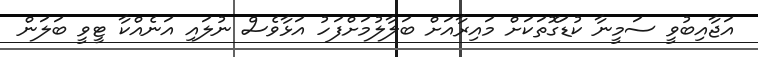
އަޖާއިބުވީ ސަމީނާ ކުޑަގޮތަކަށް މައިރާއަށް ބަލާލުމަށްފަހު އަޅާވެސް ނުލައި އަނެއްކާ ޓީވީ ބަލަން